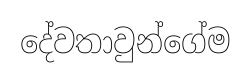
දේවතාවුන්ගේම